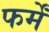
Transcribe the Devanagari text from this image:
फर्में